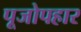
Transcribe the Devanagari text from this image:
पूजोपहार